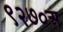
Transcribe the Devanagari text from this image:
९२७०अ